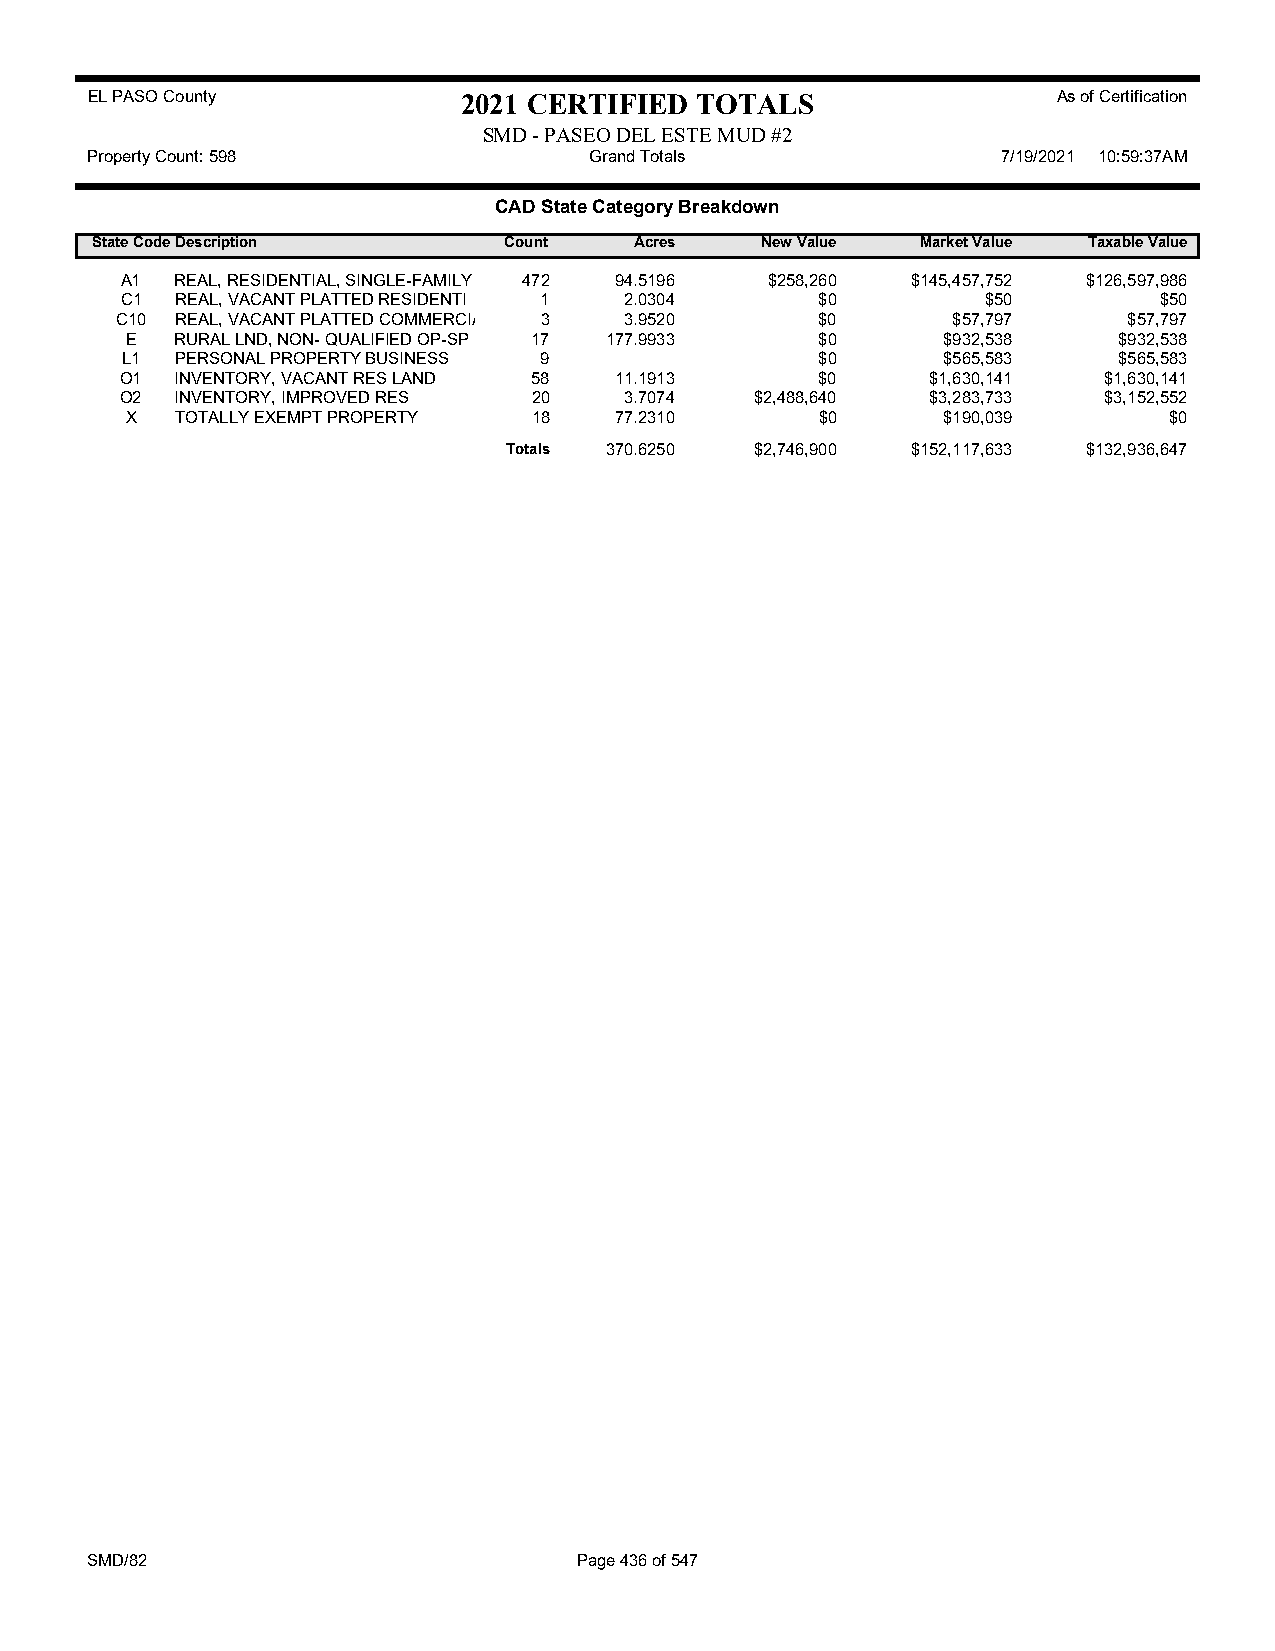
EL PASO County           2021 CERTIFIED TOTALS                  As of Certification
 SMD - PASEO DEL ESTE MUD #2
 Property Count: 598              Grand Totals               7/19/2021 10:59:37AM
 CAD State Category Breakdown
 State CodeDescription      Count    Acres   New Value  Market Value Taxable Value
 A1  REAL, RESIDENTIAL, SINGLE-FAMILY 472 94.5196 $258,260 $145,457,752 $126,597,986
 C1  REAL, VACANT PLATTED RESIDENTI 1 2.0304   $0         $50         $50
 C10 REAL, VACANT PLATTED COMMERCIA 3 3.9520   $0       $57,797     $57,797
 E   RURAL LND, NON- QUALIFIED OP-SP 17 177.9933 $0    $932,538    $932,538
 L1  PERSONAL PROPERTY BUSINESS 9              $0      $565,583    $565,583
 O1  INVENTORY, VACANT RES LAND 58 11.1913     $0      $1,630,141 $1,630,141
 O2  INVENTORY, IMPROVED RES 20   3.7074   $2,488,640  $3,283,733 $3,152,552
 X   TOTALLY EXEMPT PROPERTY 18   77.2310      $0      $190,039       $0
 Totals 370.6250 $2,746,900 $152,117,633 $132,936,647
 SMD/82                          Page 436 of 547